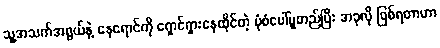
သူ့အသက်အရွယ်နဲ့ နေရောင်ကို ရှောင်ရှားနေထိုင်တဲ့ ပုံစံပေါ်မူတည်ပြီး အခုလို ဖြစ်ရတာဟာ